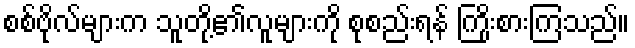
စစ်ဗိုလ်များက သူတို့၏လူများကို စုစည်းရန် ကြိုးစားကြသည်။